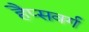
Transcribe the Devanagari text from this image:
हैप्सवर्ग